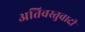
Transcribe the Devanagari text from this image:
अतिवस्तुवादी